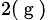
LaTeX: _{2(\mathrm{~g~})}